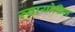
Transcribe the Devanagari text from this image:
व्यायोचित